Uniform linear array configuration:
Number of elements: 4
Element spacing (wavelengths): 0.75
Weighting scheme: kaiser
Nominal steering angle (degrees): -45
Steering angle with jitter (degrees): -43.984
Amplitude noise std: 0.05
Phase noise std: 0.05

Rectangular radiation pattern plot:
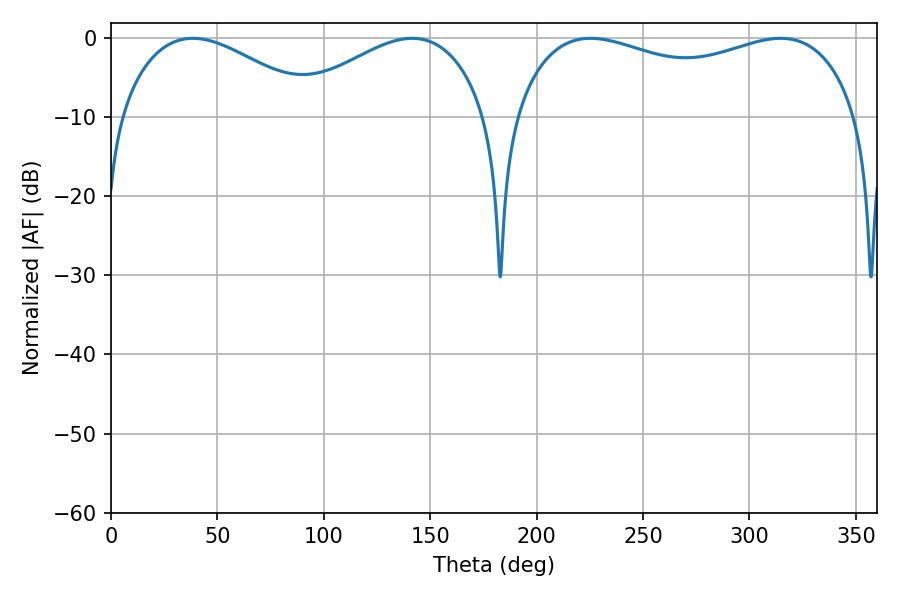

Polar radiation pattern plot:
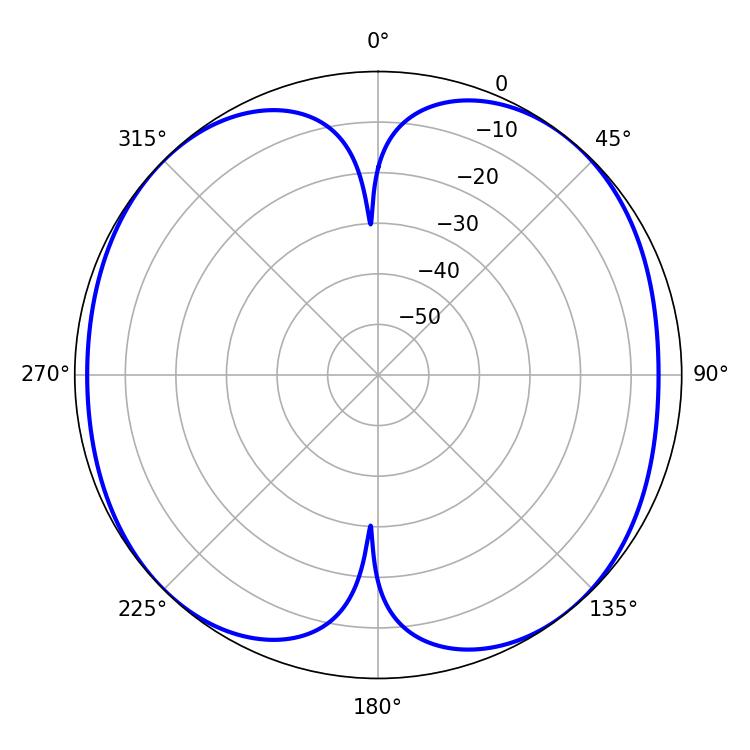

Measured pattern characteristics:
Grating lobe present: TRUE
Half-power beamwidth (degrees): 132.84
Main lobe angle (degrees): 225.36